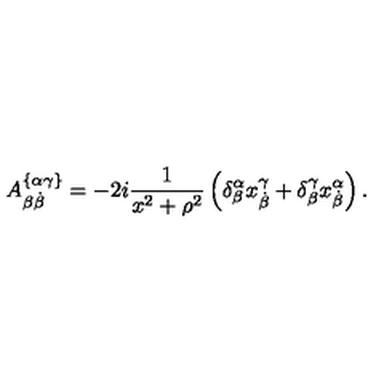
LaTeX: A _ { \beta \dot { \beta } } ^ { \{ \alpha \gamma \} } = - 2 i \frac { 1 } { x ^ { 2 } + \rho ^ { 2 } } \left( \delta _ { \beta } ^ { \alpha } x _ { \dot { \beta } } ^ { \gamma } + \delta _ { \beta } ^ { \gamma } x _ { \dot { \beta } } ^ { \alpha } \right) .